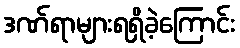
ဒဏ်ရာများရရှိခဲ့ကြောင်း